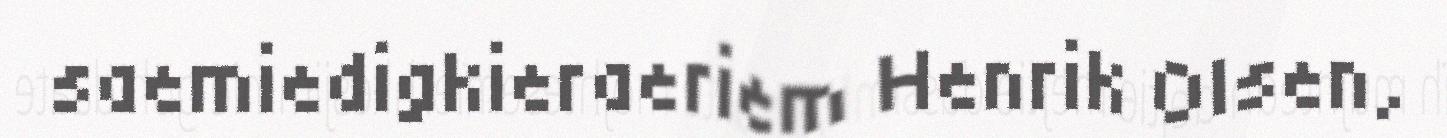
saemiedigkieraeriem Henrik Olsen,